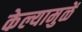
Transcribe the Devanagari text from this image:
केल्यामुळें